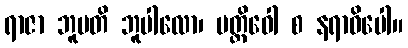
ရာဇာ ဘူပတိ ဘူပါလော၊ ပတ္ထိဝေါ စ နရာဓိပေါ။